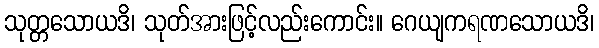
သုတ္တသောယဒိ၊ သုတ်အားဖြင့်လည်းကောင်း။ ဂေယျကရဏသောယဒိ၊